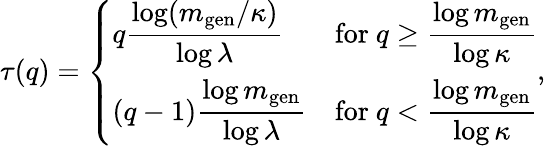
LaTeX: \tau(q)=\left\{ \begin{array}{ll}{q\displaystyle\frac{\log(m_{\mathrm{gen}}/\kappa)}{\log\lambda}}&{\mathrm{for~}q\ge\displaystyle\frac{\log m_{\mathrm{gen}}}{\log\kappa}}\\ {(q-1)\displaystyle\frac{\log m_{\mathrm{gen}}}{\log\lambda}}&{\mathrm{for~}q<\displaystyle\frac{\log m_{\mathrm{gen}}}{\log\kappa}}\end{array}\right.,